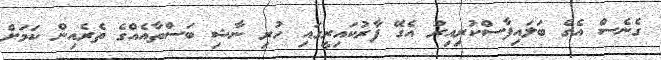
ގެނެސް އެގެ ބަލައިފާސްކުރިއިރު އެގޭ ފާރުކައިރީގައި ހުރި ނާޝި ބަސްތާއެއްގެ ތެރެއިން ކަމަށް